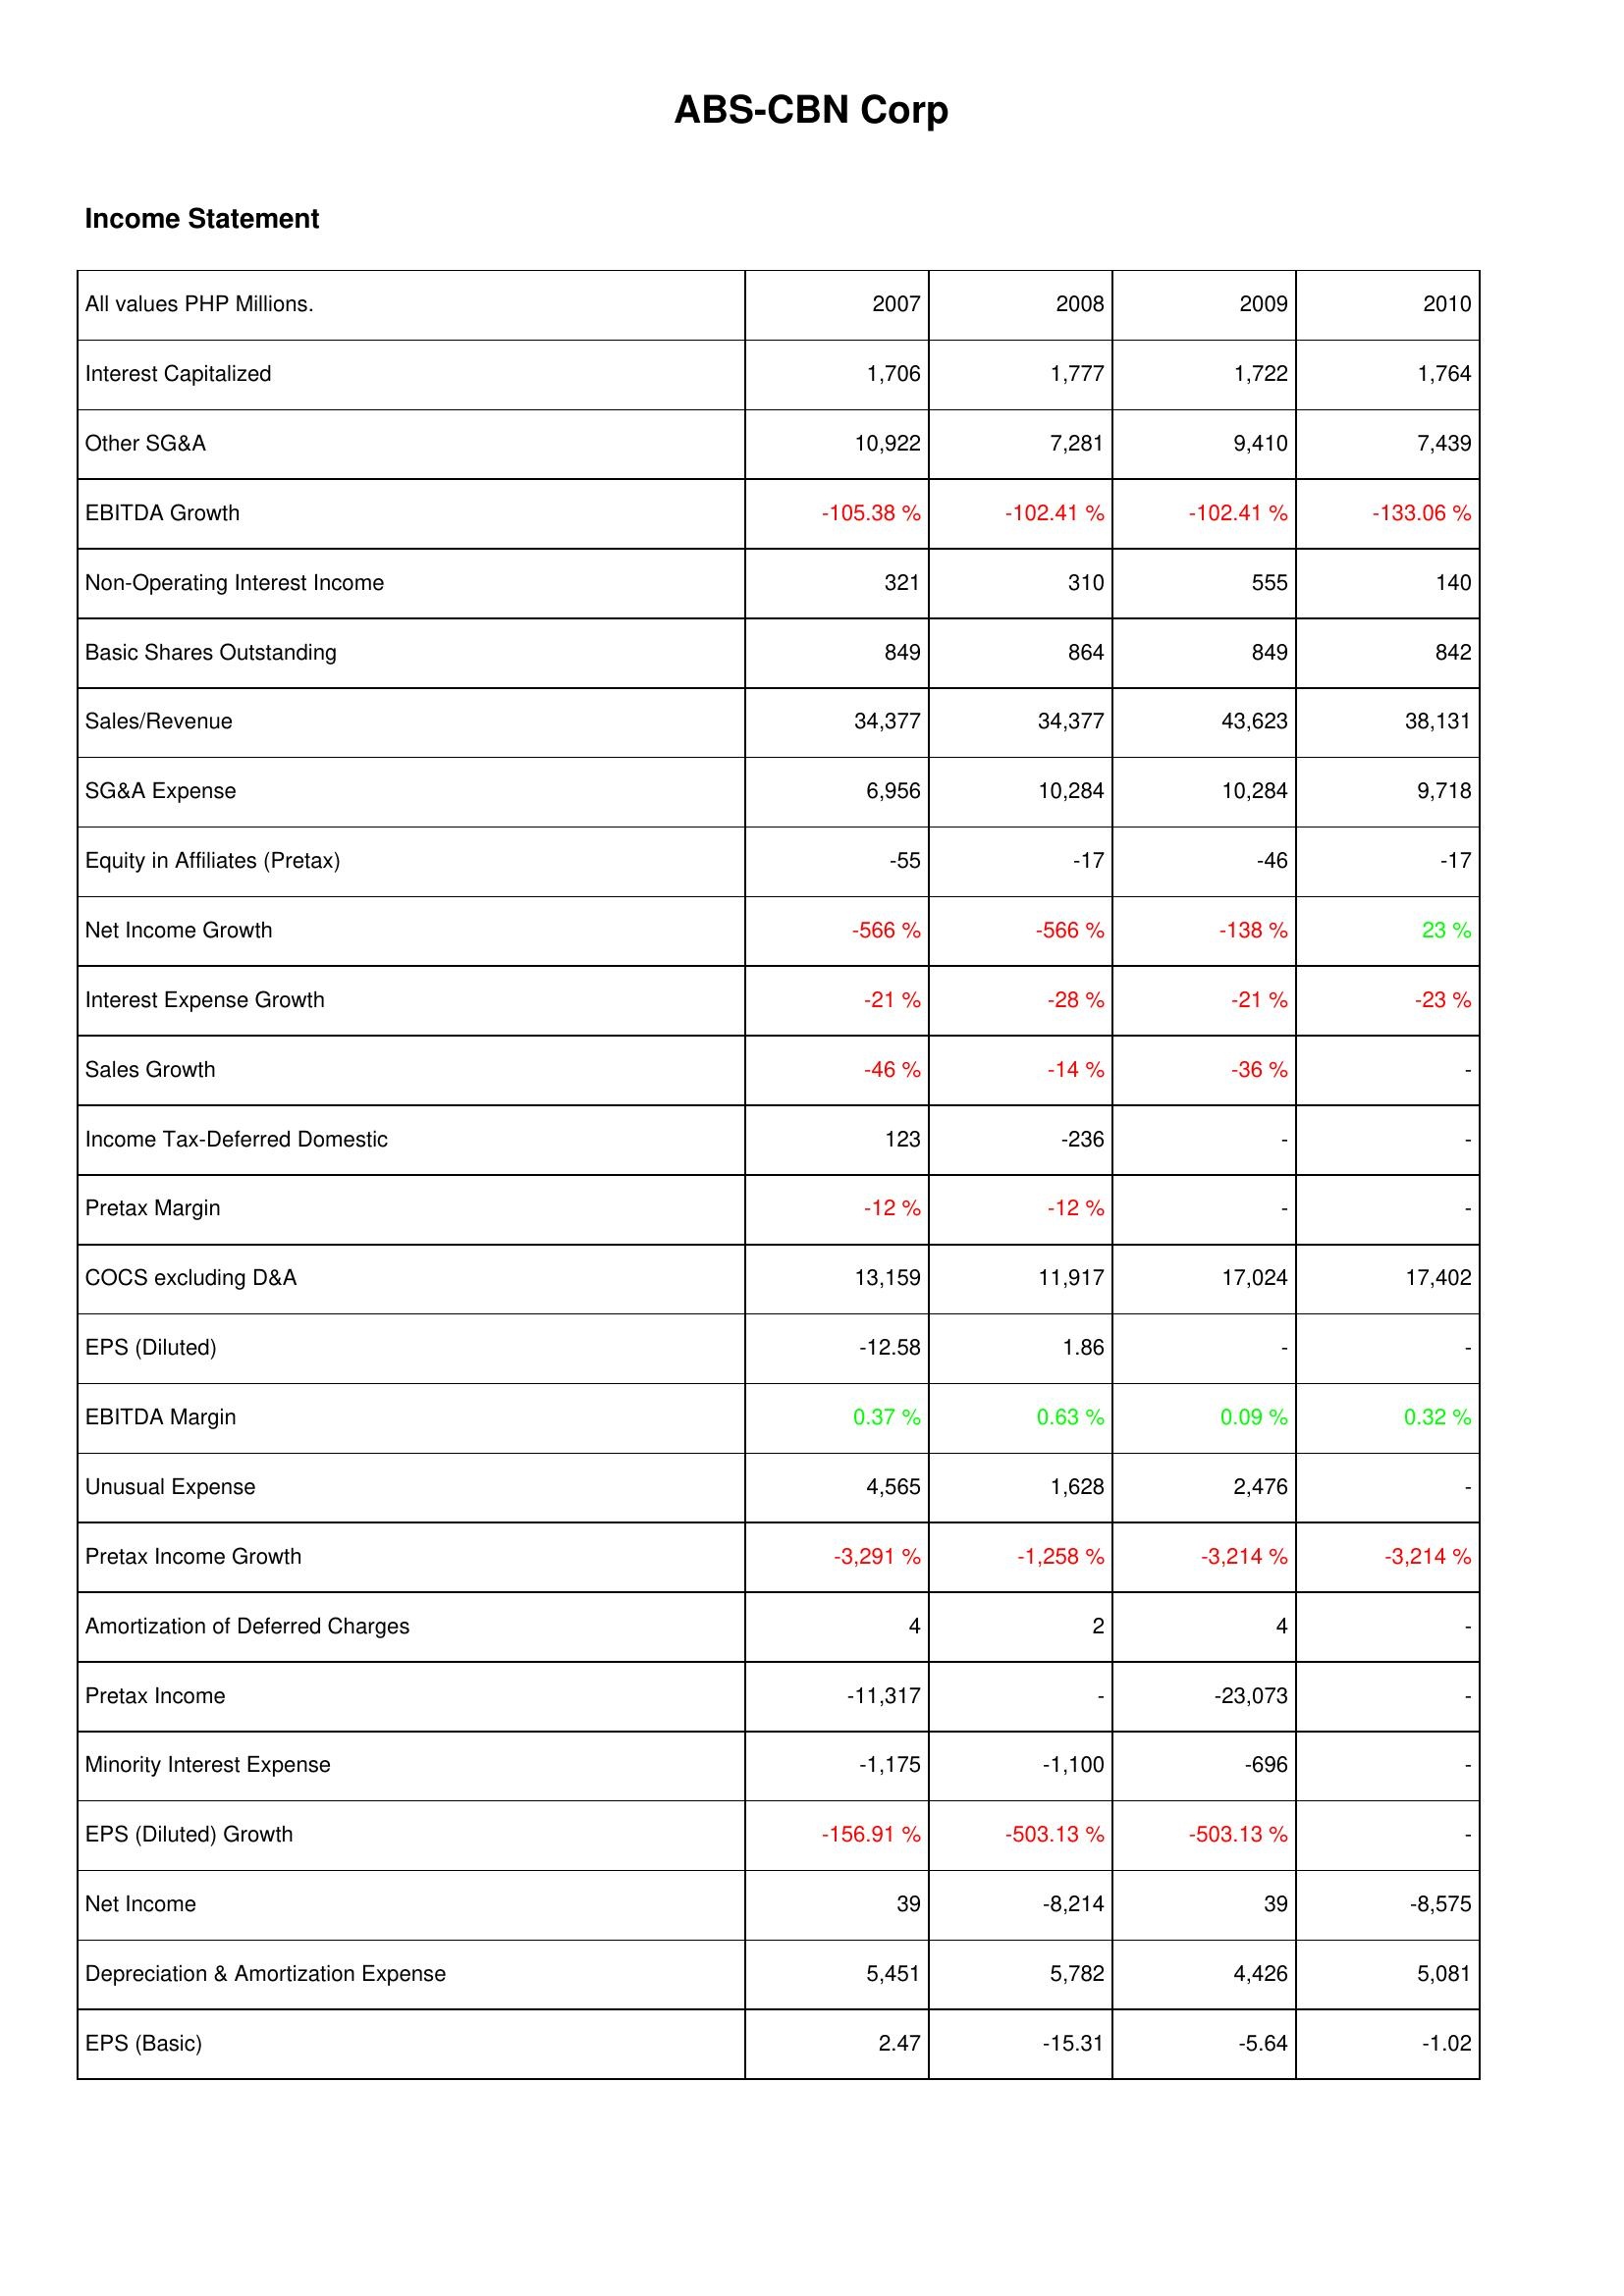
2007: Income Statement: Interest Capitalized: 1,706
Other SG&A: 10,922
EBITDA Growth: -105.38 %
Non-Operating Interest Income: 321
Basic Shares Outstanding: 849
Sales/Revenue: 34,377
SG&A Expense: 6,956
Equity in Affiliates (Pretax): -55
Net Income Growth: -566 %
Interest Expense Growth: -21 %
Sales Growth: -46 %
Income Tax-Deferred Domestic: 123
Pretax Margin: -12 %
COCS excluding D&A: 13,159
EPS (Diluted): -12.58
EBITDA Margin: 0.37 %
Unusual Expense: 4,565
Pretax Income Growth: -3,291 %
Amortization of Deferred Charges: 4
Pretax Income: -11,317
Minority Interest Expense: -1,175
EPS (Diluted) Growth: -156.91 %
Net Income: 39
Depreciation & Amortization Expense: 5,451
EPS (Basic): 2.47
2008: Income Statement: Interest Capitalized: 1,777
Other SG&A: 7,281
EBITDA Growth: -102.41 %
Non-Operating Interest Income: 310
Basic Shares Outstanding: 864
Sales/Revenue: 34,377
SG&A Expense: 10,284
Equity in Affiliates (Pretax): -17
Net Income Growth: -566 %
Interest Expense Growth: -28 %
Sales Growth: -14 %
Income Tax-Deferred Domestic: -236
Pretax Margin: -12 %
COCS excluding D&A: 11,917
EPS (Diluted): 1.86
EBITDA Margin: 0.63 %
Unusual Expense: 1,628
Pretax Income Growth: -1,258 %
Amortization of Deferred Charges: 2
Pretax Income: -
Minority Interest Expense: -1,100
EPS (Diluted) Growth: -503.13 %
Net Income: -8,214
Depreciation & Amortization Expense: 5,782
EPS (Basic): -15.31
2009: Income Statement: Interest Capitalized: 1,722
Other SG&A: 9,410
EBITDA Growth: -102.41 %
Non-Operating Interest Income: 555
Basic Shares Outstanding: 849
Sales/Revenue: 43,623
SG&A Expense: 10,284
Equity in Affiliates (Pretax): -46
Net Income Growth: -138 %
Interest Expense Growth: -21 %
Sales Growth: -36 %
Income Tax-Deferred Domestic: -
Pretax Margin: -
COCS excluding D&A: 17,024
EPS (Diluted): -
EBITDA Margin: 0.09 %
Unusual Expense: 2,476
Pretax Income Growth: -3,214 %
Amortization of Deferred Charges: 4
Pretax Income: -23,073
Minority Interest Expense: -696
EPS (Diluted) Growth: -503.13 %
Net Income: 39
Depreciation & Amortization Expense: 4,426
EPS (Basic): -5.64
2010: Income Statement: Interest Capitalized: 1,764
Other SG&A: 7,439
EBITDA Growth: -133.06 %
Non-Operating Interest Income: 140
Basic Shares Outstanding: 842
Sales/Revenue: 38,131
SG&A Expense: 9,718
Equity in Affiliates (Pretax): -17
Net Income Growth: 23 %
Interest Expense Growth: -23 %
Sales Growth: -
Income Tax-Deferred Domestic: -
Pretax Margin: -
COCS excluding D&A: 17,402
EPS (Diluted): -
EBITDA Margin: 0.32 %
Unusual Expense: -
Pretax Income Growth: -3,214 %
Amortization of Deferred Charges: -
Pretax Income: -
Minority Interest Expense: -
EPS (Diluted) Growth: -
Net Income: -8,575
Depreciation & Amortization Expense: 5,081
EPS (Basic): -1.02